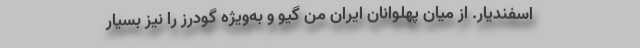
اسفندیار. از میان پهلوانان ایران من گیو و به‌ویژه گودرز را نیز بسیار